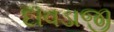
દાવડાજી